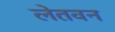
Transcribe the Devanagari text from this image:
लेतवन